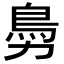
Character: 𩾜